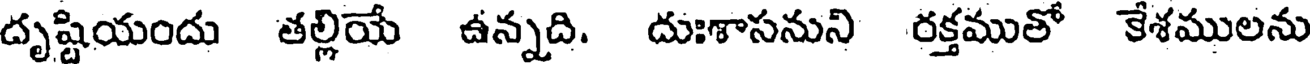
దృష్టియందు తల్లియే ఉన్నది. దుఃశాసనుని రక్తముతో కేశములను